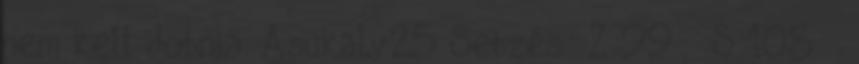
nem kell dobnia. AsukaLv25 Sebzés: Z:99 S:108